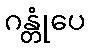
ဂန္တုံပေ